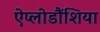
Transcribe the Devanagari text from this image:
ऐप्लोडौंशिया